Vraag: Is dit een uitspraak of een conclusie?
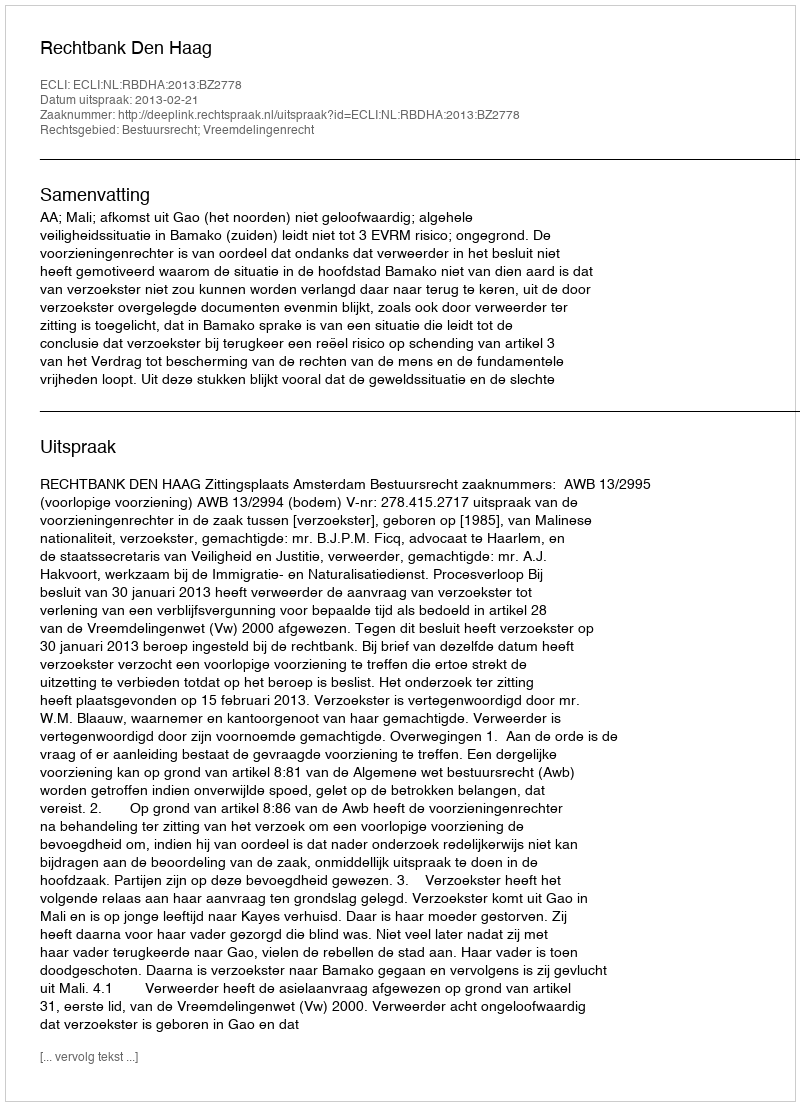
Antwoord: Uitspraak